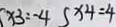
x _ { 3 } = - 4 S x _ { 4 } = 4